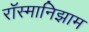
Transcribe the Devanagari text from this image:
रॉस्मानिझाम